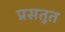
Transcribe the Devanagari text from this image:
प्रसतुत